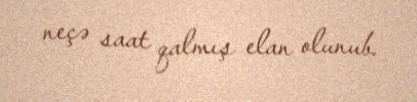
neçə saat qalmış elan olunub.